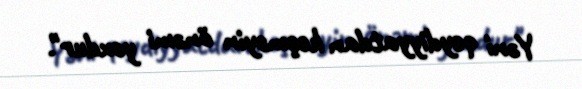
Yəni qeydiyyatdan keçməyin önəmi yoxdur".